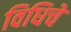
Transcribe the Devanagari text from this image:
विधिचे